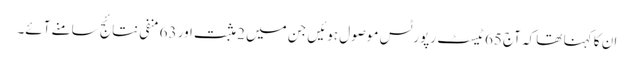
ان کا کہنا تھا کہ آج 65 ٹیسٹ رپورٹس موصول ہوئیں جن میں 2 مثبت اور 63 منفی نتائج سامنے آئے۔